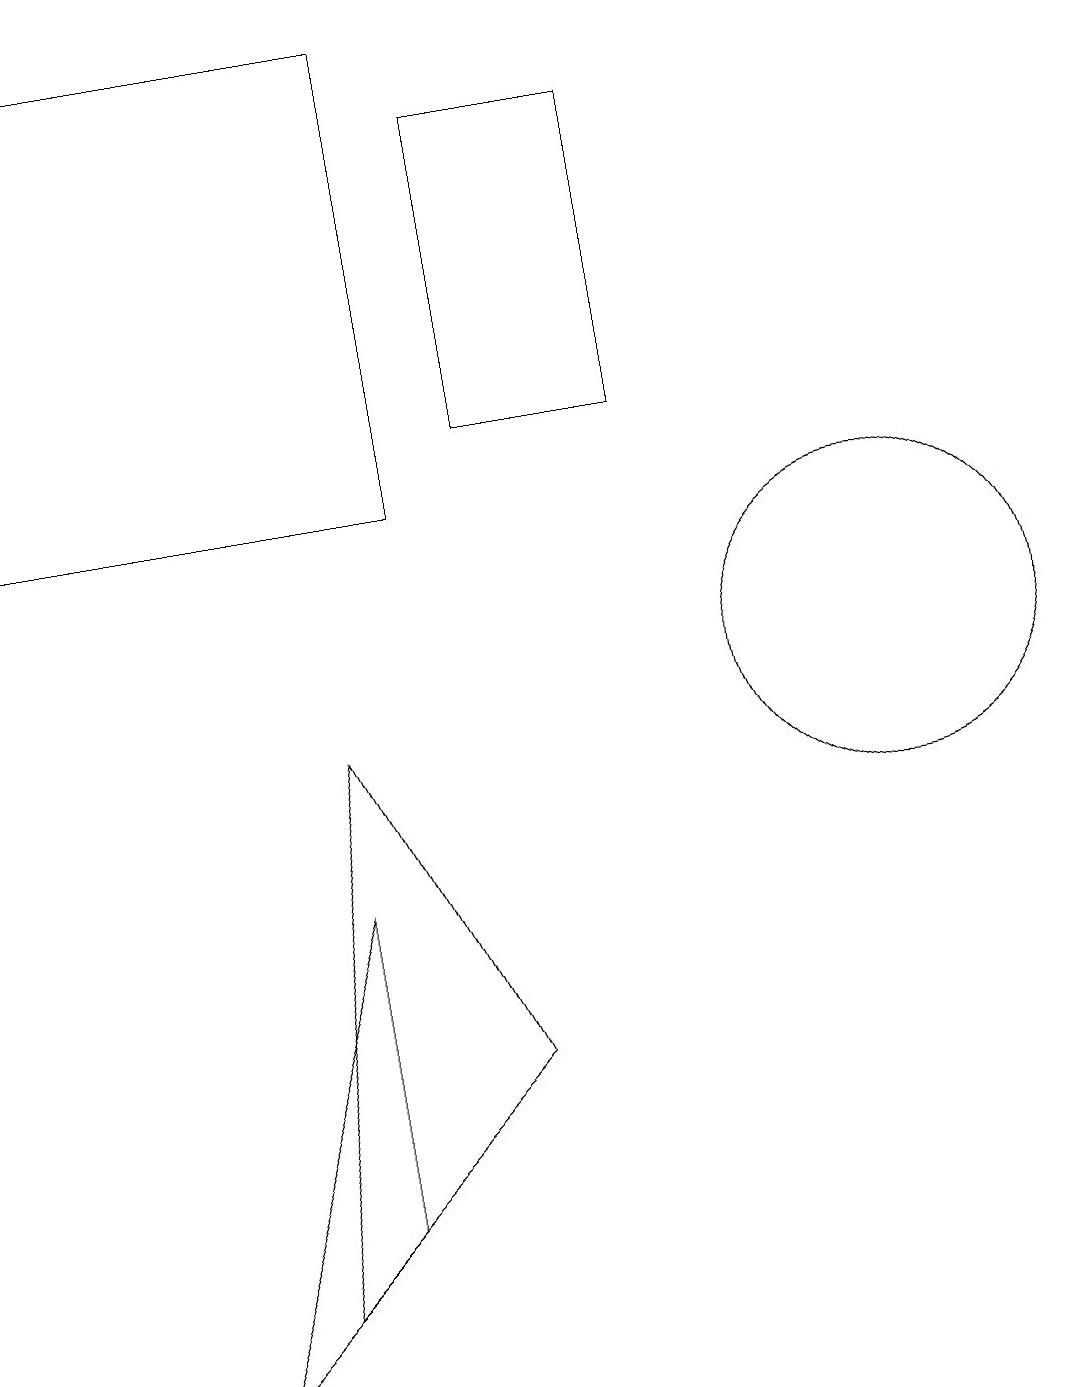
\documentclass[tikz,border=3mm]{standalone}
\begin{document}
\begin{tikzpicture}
\draw (7,5) -- (4,2) -- (5,9) -- cycle;
\draw (12,10) circle (2);
\draw (7,13) rectangle (9,17);
\draw (5,7) -- (3,1) -- (5,3) -- cycle;
\draw (1,18) rectangle (6,12);
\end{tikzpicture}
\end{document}